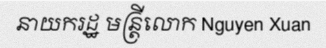
នាយករដ្ឋ មន្ត្រីលោក Nguyen Xuan